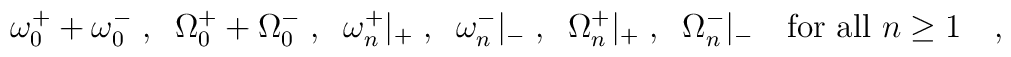
\omega_0^{+}+\omega_0^{-}\;, \;\;\Omega_0^{+}+\Omega_0^{-}\;,\;\;\omega_n^{+}|_{+} \;, \;\; \omega_n^{-}|_{-} \; , \;\;\Omega_n^{+}|_{+} \;, \;\;   \Omega_n^{-}|_{-}\quad \mbox{for all }n\geq 1 \quad ,